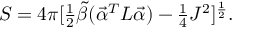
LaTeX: S = 4 \pi [ \textstyle { { \frac { 1 } { 2 } } } { \tilde { \beta } } ( \vec { \cal \alpha } ^ { T } L \vec { \cal \alpha } ) - \textstyle { { \frac { 1 } { 4 } } } J ^ { 2 } ] ^ { \frac { 1 } { 2 } } .